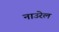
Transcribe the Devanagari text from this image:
नाउरेल